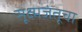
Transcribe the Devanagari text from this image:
सूक्ष्मजंतूचा